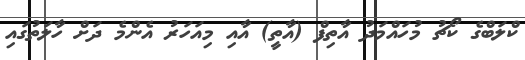
ކްލަބްގެ ކޯޗު މުހައްމަދު އާތިފް (އާތީ) އާއި މިއަހަރު އެންމެ ދަށް ހާލަތުގައި